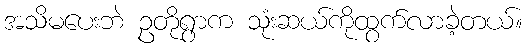
အသိမပေးဘဲ ဥတိုရွာက သုံးဆယ်ကိုထွက်လာခဲ့တယ်။